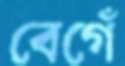
বেগেঁ